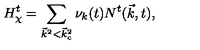
H _ { \chi } ^ { t } = \sum _ { { \vec { k } } ^ { 2 } < { \vec { k } } _ { c } ^ { 2 } } { \nu } _ { k } ( t ) N ^ { t } ( { \vec { k } } , t ) ,